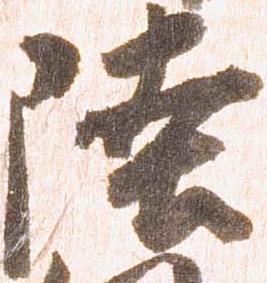
陸